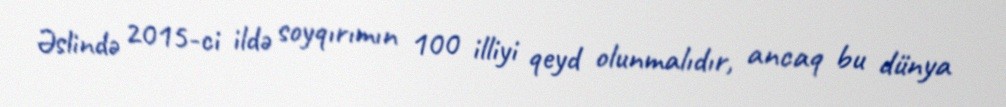
Əslində 2015-ci ildə soyqırımın 100 illiyi qeyd olunmalıdır, ancaq bu dünya